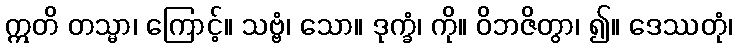
ဣတိ တသ္မာ၊ ကြောင့်။ သဗ္ဗံ၊ သော။ ဒုက္ခံ၊ ကို။ ဝိဘဇိတွာ၊ ၍။ ဒေဿတုံ၊